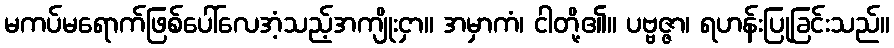
မကပ်မရောက်ဖြစ်ပေါ်လေအံ့သည့်အကျိုးငှာ။ အမှာကံ၊ ငါတို့၏။ ပဗ္ဗဇ္ဇာ၊ ရဟန်းပြုခြင်းသည်။